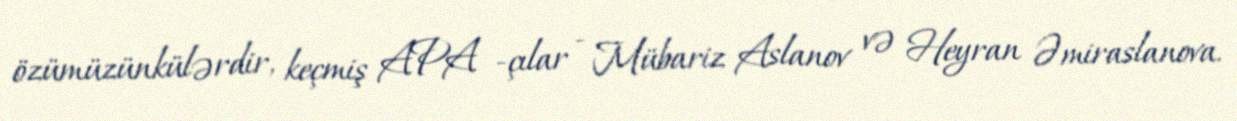
özümüzünkülərdir, keçmiş APA -çılar - Mübariz Aslanov və Heyran Əmiraslanova.